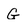
Character: G